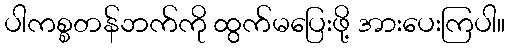
ပါကစ္စတန်ဘက်ကို ထွက်မပြေးဖို့ အားပေးကြပါ။